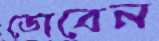
ডোবেন